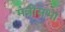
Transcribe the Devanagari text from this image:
मंत्रीसभा